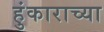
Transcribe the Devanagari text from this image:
हुंकाराच्या